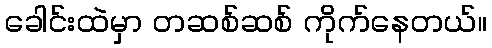
ခေါင်းထဲမှာ တဆစ်ဆစ် ကိုက်နေတယ်။